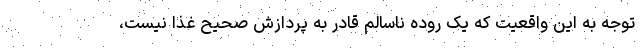
توجه به این واقعیت که یک روده ناسالم قادر به پردازش صحیح غذا نیست،